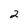
Character: 2